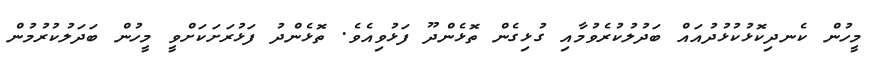
މީހުން ކެނދިކޮޅުކުޅުދުއައް ބަދުލުކުރެވުމާއި ގުޅިގެން ތޮޅެންދޫ ފަޅުވިއެވެ. ތޮޅެންދު ފަޅުރަށަކަށްވީ މީހުން ބަދަލުކުރުމުން